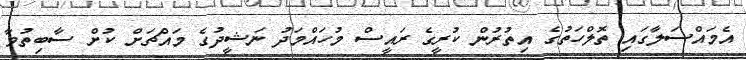
އެމައްސަލާގައި ތޮލްހަތުގެ އިތުރުން ކުރީގެ ރައީސް މުހައްމަދު ނަޝީދުގެ މައްޗަށް ކުށް ސާބިތުވާ